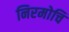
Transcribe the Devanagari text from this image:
निरमोचि